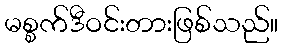
မစ္စက်ဒီဝင်းတားဖြစ်သည်။